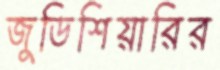
জুডিশিয়ারির